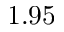
1 . 9 5